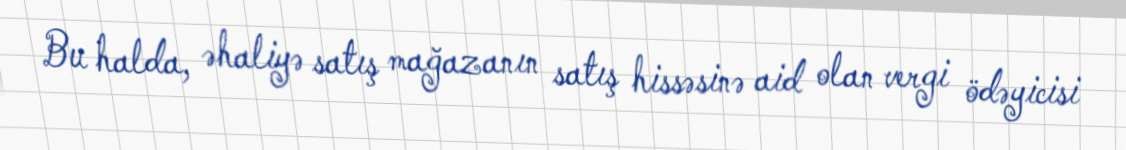
Bu halda, əhaliyə satış mağazanın satış hissəsinə aid olan vergi ödəyicisi